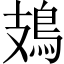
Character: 鳷